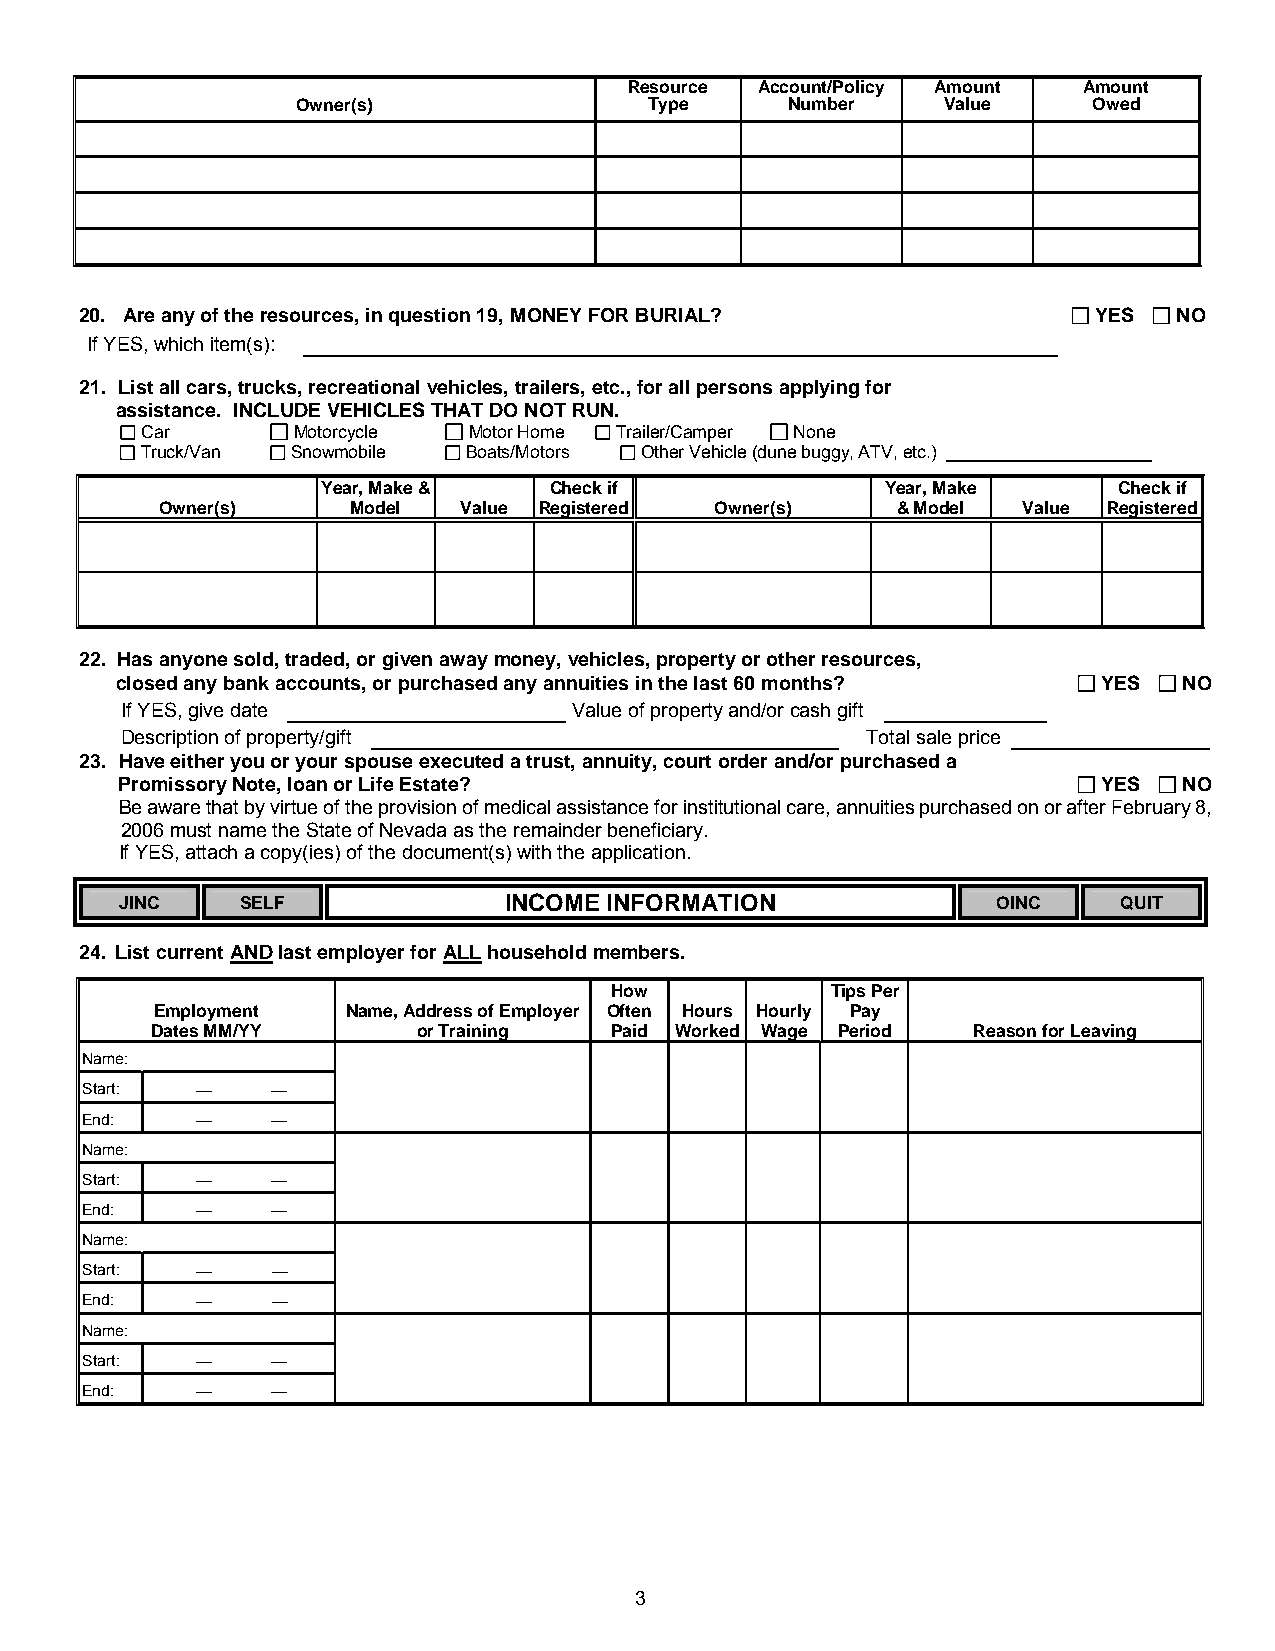
Resource Account/Policy Amount Amount
 Owner(s)               Type     Number     Value    Owed
 20. Are any of the resources, in question 19, MONEY FOR BURIAL?     YES  NO
 If YES, which item(s):
 21. List all cars, trucks, recreational vehicles, trailers, etc., for all persons applying for
 assistance. INCLUDE VEHICLES THAT DO NOT RUN.
 Car       Motorcycle  Motor Home Trailer/Camper None
 Truck/Van Snowmobile  Boats/Motors Other Vehicle (dune buggy, ATV, etc.) _____________________
 Year, Make &   Check if               Year, Make     Check if
 Owner(s)    Model   Value Registered Owner(s)   & Model  Value Registered
 22. Has anyone sold, traded, or given away money, vehicles, property or other resources,
 closed any bank accounts, or purchased any annuities in the last 60 months? YES NO
 If YES, give date             Value of property and/or cash gift
 Description of property/gift                     Total sale price
 23. Have either you or your spouse executed a trust, annuity, court order and/or purchased a
 Promissory Note, loan or Life Estate?                            YES  NO
 Be aware that by virtue of the provision of medical assistance for institutional care, annuities purchased on or after February 8,
 2006 must name the State of Nevada as the remainder beneficiary.
 If YES, attach a copy(ies) of the document(s) with the application.
 JINC    SELF             INCOME INFORMATION               OINC    QUIT
 24. List current AND last employer for ALL household members.
 How            Tips Per
 Employment   Name, Address of Employer Often Hours Hourly Pay
 Dates MM/YY       or Training Paid Worked Wage Period  Reason for Leaving
 Name:
 Start:  —    —
 End:    —    —
 Name:
 Start:  —    —
 End:    —    —
 Name:
 Start:  —    —
 End:    —    —
 Name:
 Start:  —    —
 End:    —    —
 3